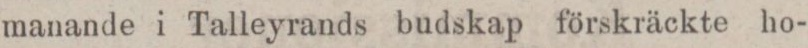
manande i Talleyrands budskap förskräckte ho-